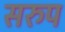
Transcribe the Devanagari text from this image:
सरुप